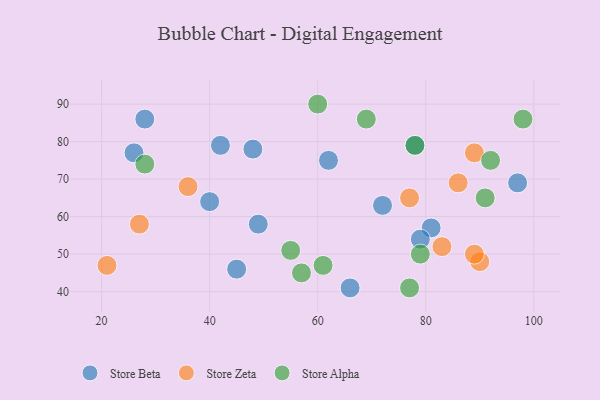
{"axis": {"x": "GDP", "y": "Life Expectancy"}, "legend": ["Store Alpha", "Store Beta", "Store Zeta"], "data": [{"x": "48", "y": 78, "type": "Store Beta"}, {"x": "28", "y": 86, "type": "Store Beta"}, {"x": "97", "y": 69, "type": "Store Beta"}, {"x": "26", "y": 77, "type": "Store Beta"}, {"x": "72", "y": 63, "type": "Store Beta"}, {"x": "66", "y": 41, "type": "Store Beta"}, {"x": "45", "y": 46, "type": "Store Beta"}, {"x": "42", "y": 79, "type": "Store Beta"}, {"x": "62", "y": 75, "type": "Store Beta"}, {"x": "49", "y": 58, "type": "Store Beta"}, {"x": "81", "y": 57, "type": "Store Beta"}, {"x": "78", "y": 79, "type": "Store Beta"}, {"x": "40", "y": 64, "type": "Store Beta"}, {"x": "79", "y": 54, "type": "Store Beta"}, {"x": "36", "y": 68, "type": "Store Zeta"}, {"x": "83", "y": 52, "type": "Store Zeta"}, {"x": "77", "y": 65, "type": "Store Zeta"}, {"x": "89", "y": 77, "type": "Store Zeta"}, {"x": "21", "y": 47, "type": "Store Zeta"}, {"x": "86", "y": 69, "type": "Store Zeta"}, {"x": "90", "y": 48, "type": "Store Zeta"}, {"x": "27", "y": 58, "type": "Store Zeta"}, {"x": "89", "y": 50, "type": "Store Zeta"}, {"x": "57", "y": 45, "type": "Store Alpha"}, {"x": "79", "y": 50, "type": "Store Alpha"}, {"x": "78", "y": 79, "type": "Store Alpha"}, {"x": "61", "y": 47, "type": "Store Alpha"}, {"x": "60", "y": 90, "type": "Store Alpha"}, {"x": "69", "y": 86, "type": "Store Alpha"}, {"x": "77", "y": 41, "type": "Store Alpha"}, {"x": "92", "y": 75, "type": "Store Alpha"}, {"x": "91", "y": 65, "type": "Store Alpha"}, {"x": "98", "y": 86, "type": "Store Alpha"}, {"x": "28", "y": 74, "type": "Store Alpha"}, {"x": "55", "y": 51, "type": "Store Alpha"}]}